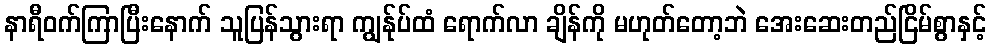
နာရီဝက်ကြာပြီးနောက် သူပြန်သွားရာ ကျွန်ုပ်ထံ ရောက်လာ ချိန်ကို မဟုတ်တော့ဘဲ အေးဆေးတည်ငြိမ်စွာနှင့်